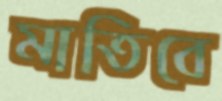
মাতিবে